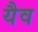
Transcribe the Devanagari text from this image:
यैव